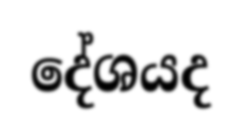
දේශයද